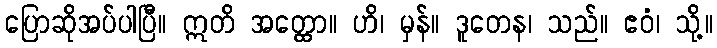
ပြောဆိုအပ်ပါပြီ။ ဣတိ အတ္ထော။ ဟိ၊ မှန်။ ဒူတေန၊ သည်။ ဧဝံ၊ သို့။